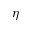
\eta